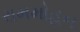
રામમોહન